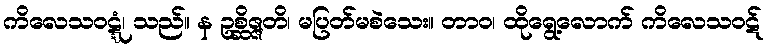
ကိလေသဝဋ္ဋံ၊ သည်။ န ဥစ္ဆိဇ္ဇတိ၊ မပြတ်မစဲသေး။ တာဝ၊ ထိုရွေ့လောက် ကိလေသဝဋ်